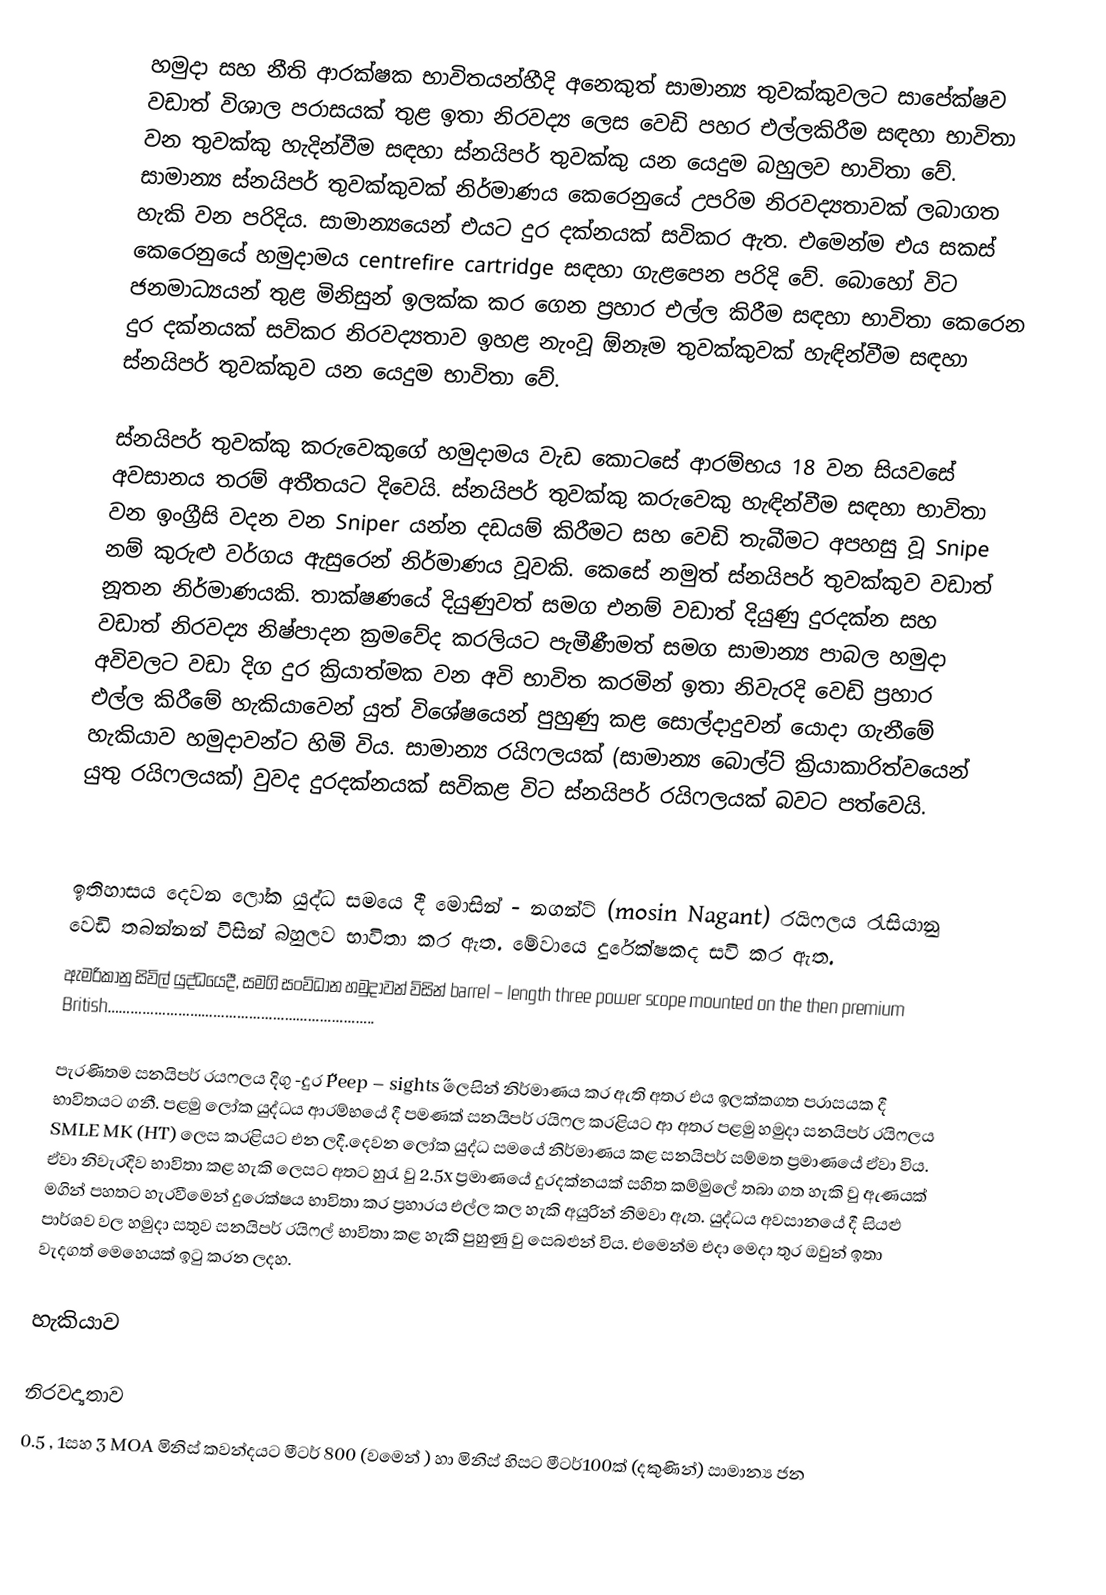
හමුදා සහ නීති ආරක්ෂක භාවිතයන්හීදි අනෙකුත් සාමාන්‍ය තුවක්කුවලට සාපේක්ෂව වඩාත් විශාල පරාසයක් තුළ ඉතා නිරවද්‍ය ලෙස වෙඩි පහර එල්ලකිරීම සඳහා භාවිතා වන තුවක්කු හැදින්වීම සඳහා ස්නයිපර් තුවක්කු යන යෙදුම බහුලව භාවිතා වේ. සාමාන්‍ය ස්නයිපර් තුවක්කුවක් නිර්මාණය කෙරෙනුයේ උපරිම නිරවද්‍යතාවක් ලබාගත හැකි වන පරිදිය. සාමාන්‍යයෙන් එයට දුර දක්නයක් සවිකර ඇත. එමෙන්ම එය සකස් කෙරෙනුයේ හමුදාමය centrefire cartridge සඳහා ගැළපෙන පරිදි වේ. බොහෝ විට ජනමාධ්‍යයන් තුළ මිනිසුන් ඉලක්ක කර ගෙන ප්‍රහාර එල්ල කිරීම සඳහා භාවිතා කෙරෙන දුර දක්නයක් සවිකර නිරවද්‍යතාව ඉහළ නැංවූ ඕනෑම තුවක්කුවක් හැඳින්වීම සඳහා ස්නයිපර් තුවක්කුව යන යෙදුම භා‍විතා වේ.

ස්නයිපර් තුවක්කු කරුවෙකුගේ හමුදාමය වැඩ කොටසේ ආරම්භය 18 වන සියවසේ අවසානය තරම් අතීතයට දිවෙයි. ස්නයිපර් තුවක්කු කරුවෙකු හැඳින්වීම සඳහා භාවිතා වන ඉංග්‍රීසි වදන වන Sniper යන්න දඩයම් කිරීමට සහ වෙඩි තැබීමට අපහසු වූ Snipe නම් කුරුළු වර්ගය ඇසුරෙන් නිර්මාණය වූවකි. කෙසේ නමුත් ස්නයිපර් තුවක්කුව වඩාත් නූතන නිර්මාණයකි. තාක්ෂණයේ දියුණුවත් සමග එනම් වඩාත් දියුණු දුරදක්න සහ වඩාත් නිරවද්‍ය නිෂ්පාදන ක්‍රමවේද කරලියට පැමීණීමත් සමග සාමාන්‍ය පාබල හමුදා අවිවලට වඩා දිග දුර ක්‍රියාත්මක වන අවි භාවිත කරමින් ඉතා නිවැරදි වෙඩි ප්‍රහාර එල්ල කිරීමේ හැකියාවෙන් යුත් විශේෂයෙන් පුහුණු කළ සොල්දාදුවන් යොදා ගැනීමේ හැකියාව හමුදාවන්ට හිමි විය. සාමාන්‍ය රයිෆලයක් (සාමාන්‍ය බොල්ට් ක්‍රියාකාරිත්වයෙන් යුතු රයිෆලයක්) වුවද දුරදක්නයක් සවිකළ විට ස්නයිපර් රයිෆලයක් බවට පත්වෙයි.

ඉතිහාසය දෙවන ලෝක යුද්ධ සමයෙ දී මොසින් - නගන්ට් (mosin Nagant) රයිෆලය රැසියානු වෙඩි තබන්නන් විසින් බහුලව භාවිතා කර ඇත. මේවායෙ දුරේක්ෂකද සවි කර ඇත.
ඇමරිකානු සිවිල් යුද්ධයෙදී, සමගි සංවිධාන හමුදාවන් විසින් barrel – length three power scope mounted on the then premium British…………………………………………………………..

පැරණිතම සනයිපර් රයෆලය දිගු -දුර ˝Peep – sights˝ ලෙසින් නිර්මාණය කර ඇති අතර එය ඉලක්කගත පරාසයක දී භාවිතයට ගනී. පළමු ලෝක යුද්ධය ආරම්භයේ දී පමණක් සනයිපර් රයිෆල කරළියට ආ අතර පළමු හමුදා සනයිපර් රයිෆලය SMLE MK (HT) ලෙස කරළියට එන ලදී.දෙවන ලෝක යුද්ධ සමයේ නිර්මාණය කළ සනයිපර් සම්මත ප්‍රමාණයේ ඒවා විය. ඒවා නිවැරදිව භාවිතා කළ හැකි ලෙසට අතට හුරැ වු 2.5x ප්‍රමාණයේ දුරදක්නයක් සහිත කම්මුලේ තබා ගත හැකි වු ඇණයක් මගින් පහතට හැරවීමෙන් දුරෙක්ෂය භාවිතා කර ප්‍රහාරය එල්ල කල හැකි අයුරින් නිමවා ඇත. යුද්ධය අවසානයේ දී සියළු පාර්ශව වල හමුදා සතුව සනයිපර් රයිෆල් භාවිතා කළ හැකි පුහුණු වු සෙබළුන් විය. එමෙන්ම එදා මෙදා තුර ඔවුන් ඉතා වැදගත් මෙහෙයක් ඉටු කරන ලදහ.

හැකියාව

නිරවද්‍යතාව
0.5 , 1සහ 3 MOA මිනිස් කවන්දයට මීටර් 800 (වමෙන් ) හා මිනිස් හිසට මීටර්100ක් (දකුණින්) සාමාන්‍ය ජන